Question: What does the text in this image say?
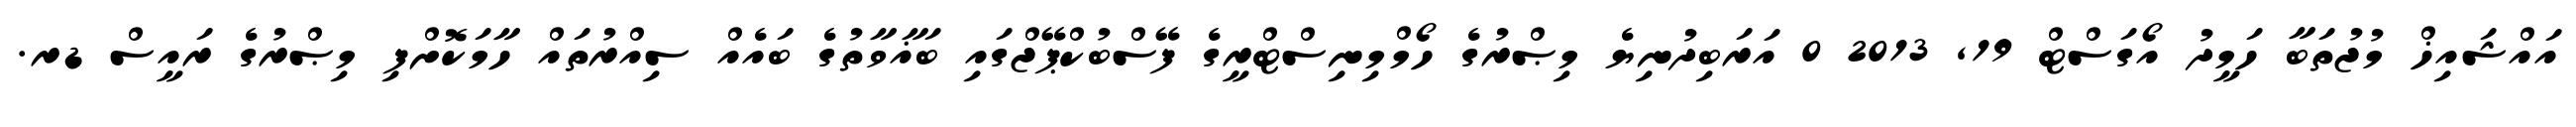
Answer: އައްޝައިޚް މުޖުތަބާ ހަމީދު އޯގަސްޓް 19, 2013 0 އަރަބިދުނިޔެ މިޞްރުގެ ހޯމްމިނިސްޓްރީގެ ފޭސްބުކްޕޭޖްގައި ބަޣާވާތުގެ ބައެއް ސިއްރުތައް ހާމަކޮށްފި މިޞްރުގެ ރައީސް ޑރ.